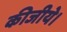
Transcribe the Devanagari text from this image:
कीजीये।